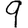
Digit: 9